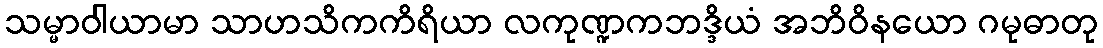
သမ္မာဝါယာမာ သာဟသိကကိရိယာ လကုဏ္ဍကဘဒ္ဒိယံ အဘိဝိနယော ဂမုဓာတု